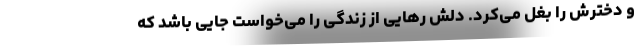
و دخترش را بغل می‌کرد. دلش رهایی از زندگی را می‌خواست جایی باشد که